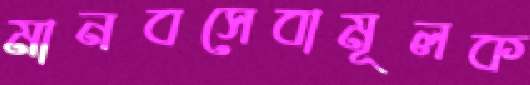
মানবসেবামূলক